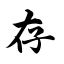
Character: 存